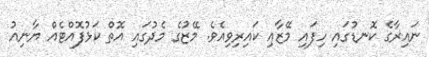
ނައިރާގެ ކޮނޑުގައި ހިފައި މޭޒާއި ކައިރިވިއެވެ. މޭޒުގެ މެދުގައި އޮތް ކަޅުފޮއްޓެއް ޔާނިއު